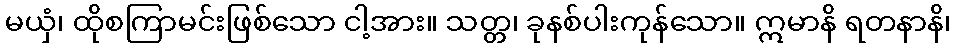
မယှံ၊ ထိုစကြာမင်းဖြစ်သော ငါ့အား။ သတ္တ၊ ခုနစ်ပါးကုန်သော။ ဣမာနိ ရတနာနိ၊